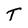
Character: T